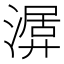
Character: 𣼨